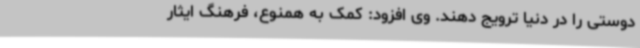
‌دوستی را در دنیا ترویج دهند. وی افزود: کمک به همنوع، فرهنگ ایثار